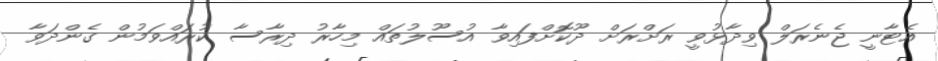
އެޓާނީ ޖެނެރަލް ވިދާޅުވީ ރަށްރަށް ދޫކޮށްފައިވާ އުސޫލުތައް މިހާރު ދިރާސާ ކުރައްވަމުން ގެންދަވާ